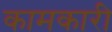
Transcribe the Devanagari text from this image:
कामकारी